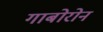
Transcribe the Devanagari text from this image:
गाबोरोन